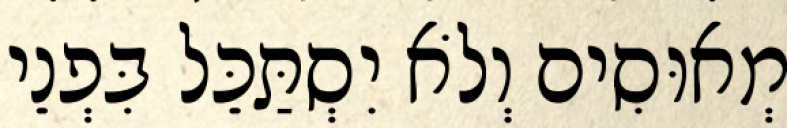
מְאוּסִים וְלֹא יִסְתַּכֵּל בִּפְנֵי